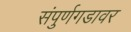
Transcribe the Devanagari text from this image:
संपुर्णगडावर